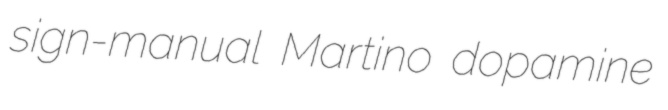
sign-manual Martino dopamine